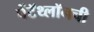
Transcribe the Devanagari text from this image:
पेंटॅथ्लॉनची